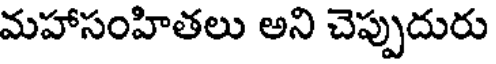
మహాసంహితలు అని చెప్పుదురు